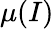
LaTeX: \mu(I)